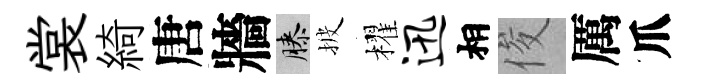
裳綺唐牆膝披櫂迅相俊厲爪